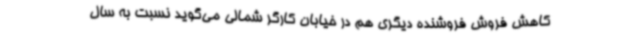
کاهش فروش فروشنده دیگری هم در خیابان کارگر شمالی می‌گوید نسبت به سال